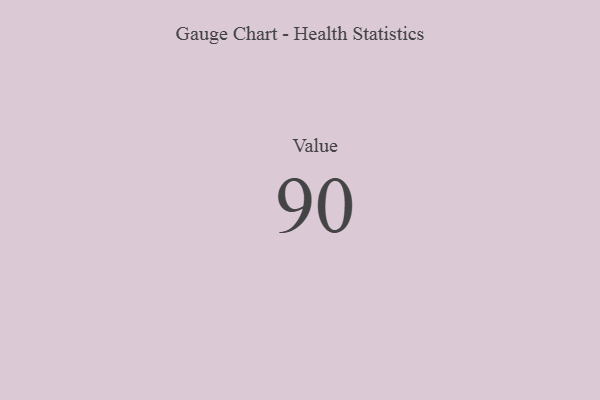
{"axis": {"x": "Metric", "y": "Value"}, "legend": [""], "data": [{"x": "Value", "y": 90, "type": ""}]}